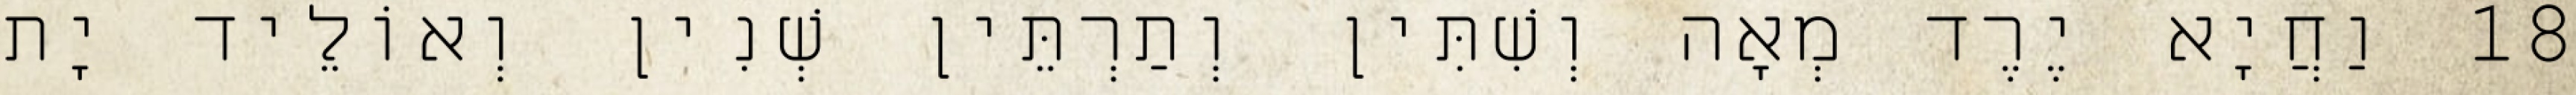
18 וַחֲיָא יֶרֶד מְאָה וְשִׁתִּין וְתַרְתֵּין שְׁנִין וְאוֹלֵיד יָת